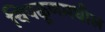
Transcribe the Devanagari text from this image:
चिपळूणमधील